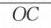
\(\overline{OC}\)